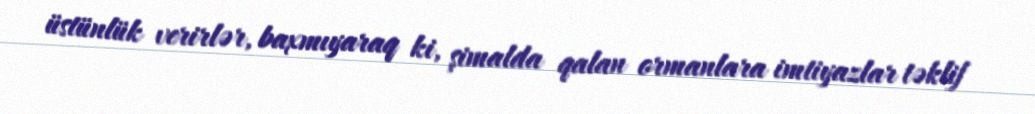
üstünlük verirlər, baxmıyaraq ki, şimalda qalan ormanlara imtiyazlar təklif